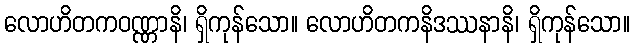
လောဟိတကဝဏ္ဏာနိ၊ ရှိကုန်သော။ လောဟိတကနိဒဿနာနိ၊ ရှိကုန်သော။